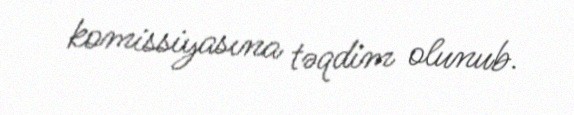
komissiyasına təqdim olunub.